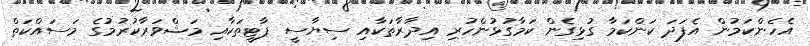
އެހެންކަމުން އެފަދަ ކަންކަމާ ގުޅިގެން ކަމާގުޅުންހުރި އިދާރާތަކާއި ސިޔާސީ ޕާޓީތަކާއި މަޝްވަރާކުރުމުގެ މަސައްކަތް